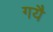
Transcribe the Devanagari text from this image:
गयै